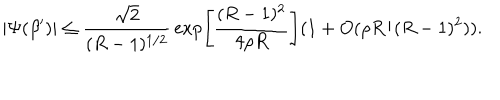
LaTeX: | \Psi ( \beta ^ { \prime } ) | \leq { \frac { \sqrt { 2 } } { ( R - 1 ) ^ { 1 / 2 } } } \exp \left[ { \frac { ( R - 1 ) ^ { 2 } } { 4 \rho R } } \right] ( 1 + O ( \rho R / ( R - 1 ) ^ { 2 } ) ) .